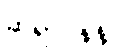
ဆရာဝန်နဲ့